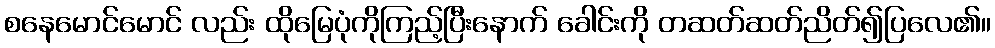
စနေမောင်မောင် လည်း ထိုမြေပုံကိုကြည့်ပြီးနောက် ခေါင်းကို တဆတ်ဆတ်ညိတ်၍ပြလေ၏။